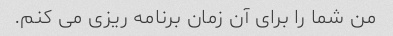
من شما را برای آن زمان برنامه ریزی می کنم.